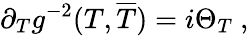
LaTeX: \partial_{T}g^{-2}(T,\overline{{{T}}})=i\Theta_{T}\ ,